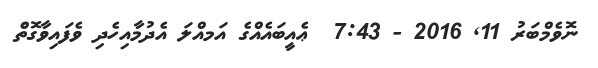
ނޮވެމްބަރު 11